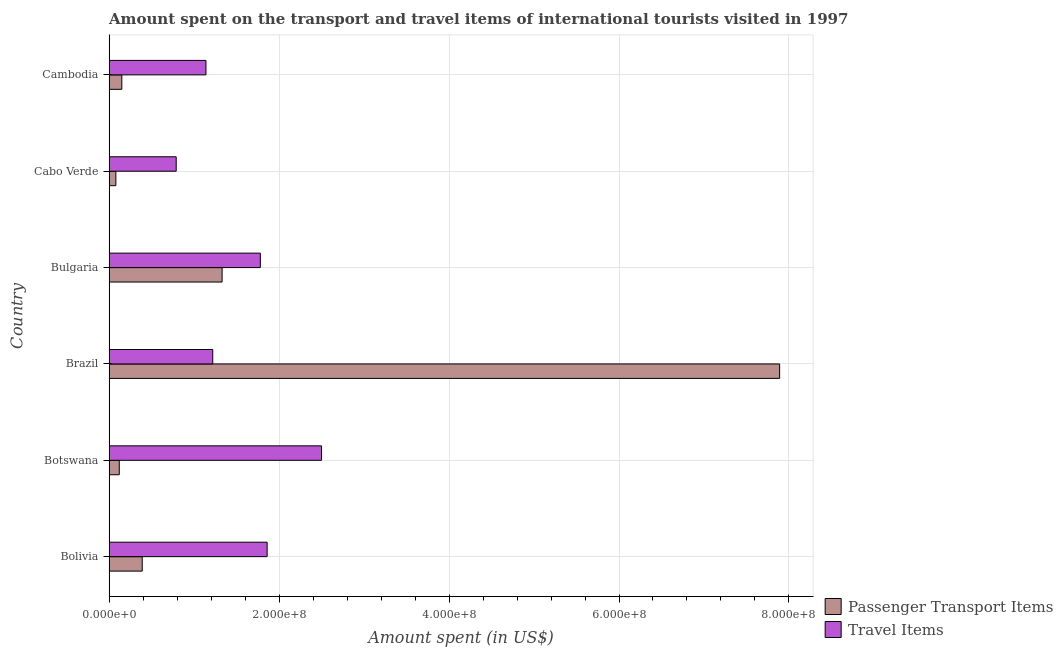
| Country | Passenger Transport Items | Travel Items |
 | --- | --- | --- |
 | Bolivia | 3.9e+07 | 1.86e+08 |
 | Botswana | 1.2e+07 | 2.5e+08 |
 | Brazil | 7.89e+08 | 1.22e+08 |
 | Bulgaria | 1.33e+08 | 1.78e+08 |
 | Cabo Verde | 8e+06 | 7.9e+07 |
 | Cambodia | 1.5e+07 | 1.14e+08 |